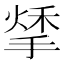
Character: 𢱀